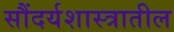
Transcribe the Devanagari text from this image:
सौंदर्यशास्त्रातील